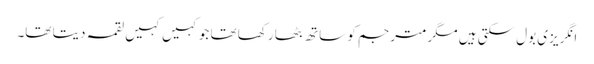
انگریزی بول سکتی ہیں مگر مترجم کو ساتھ بٹھا رکھا تھا جو کہیں کہیں لقمہ دیتا تھا۔